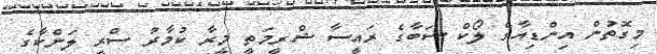
މިގޮތުން އިންޑިއާގެ ލޯކް ސަބާގެ ރައީސާ ޝްރީމަތީ މީރާ ކުމާރު ސްރީ ލަންކާގެ